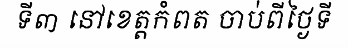
ទី៣ នៅខេត្តកំពត ចាប់ពីថ្ងៃទី